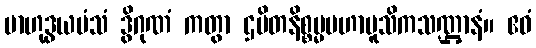
ဗာဟုဒွယမံသံ ဒွိဂုဏံ ကတွာ ဌပိတနိစ္စမ္မမဟာမူသိကသဏ္ဌာနံ။ ဧဝံ